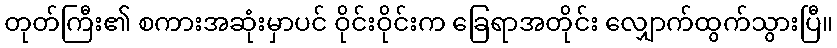
တုတ်ကြီး၏ စကားအဆုံးမှာပင် ဝိုင်းဝိုင်းက ခြေရာအတိုင်း လျှောက်ထွက်သွားပြီ။